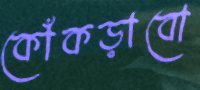
কোঁকড়াবো